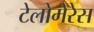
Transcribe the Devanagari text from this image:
टेलोमेरेस